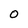
Character: O